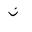
Letter: _non